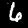
Digit: 6